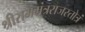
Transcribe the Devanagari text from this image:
श्रीराममंत्रराजस्तोत्रं